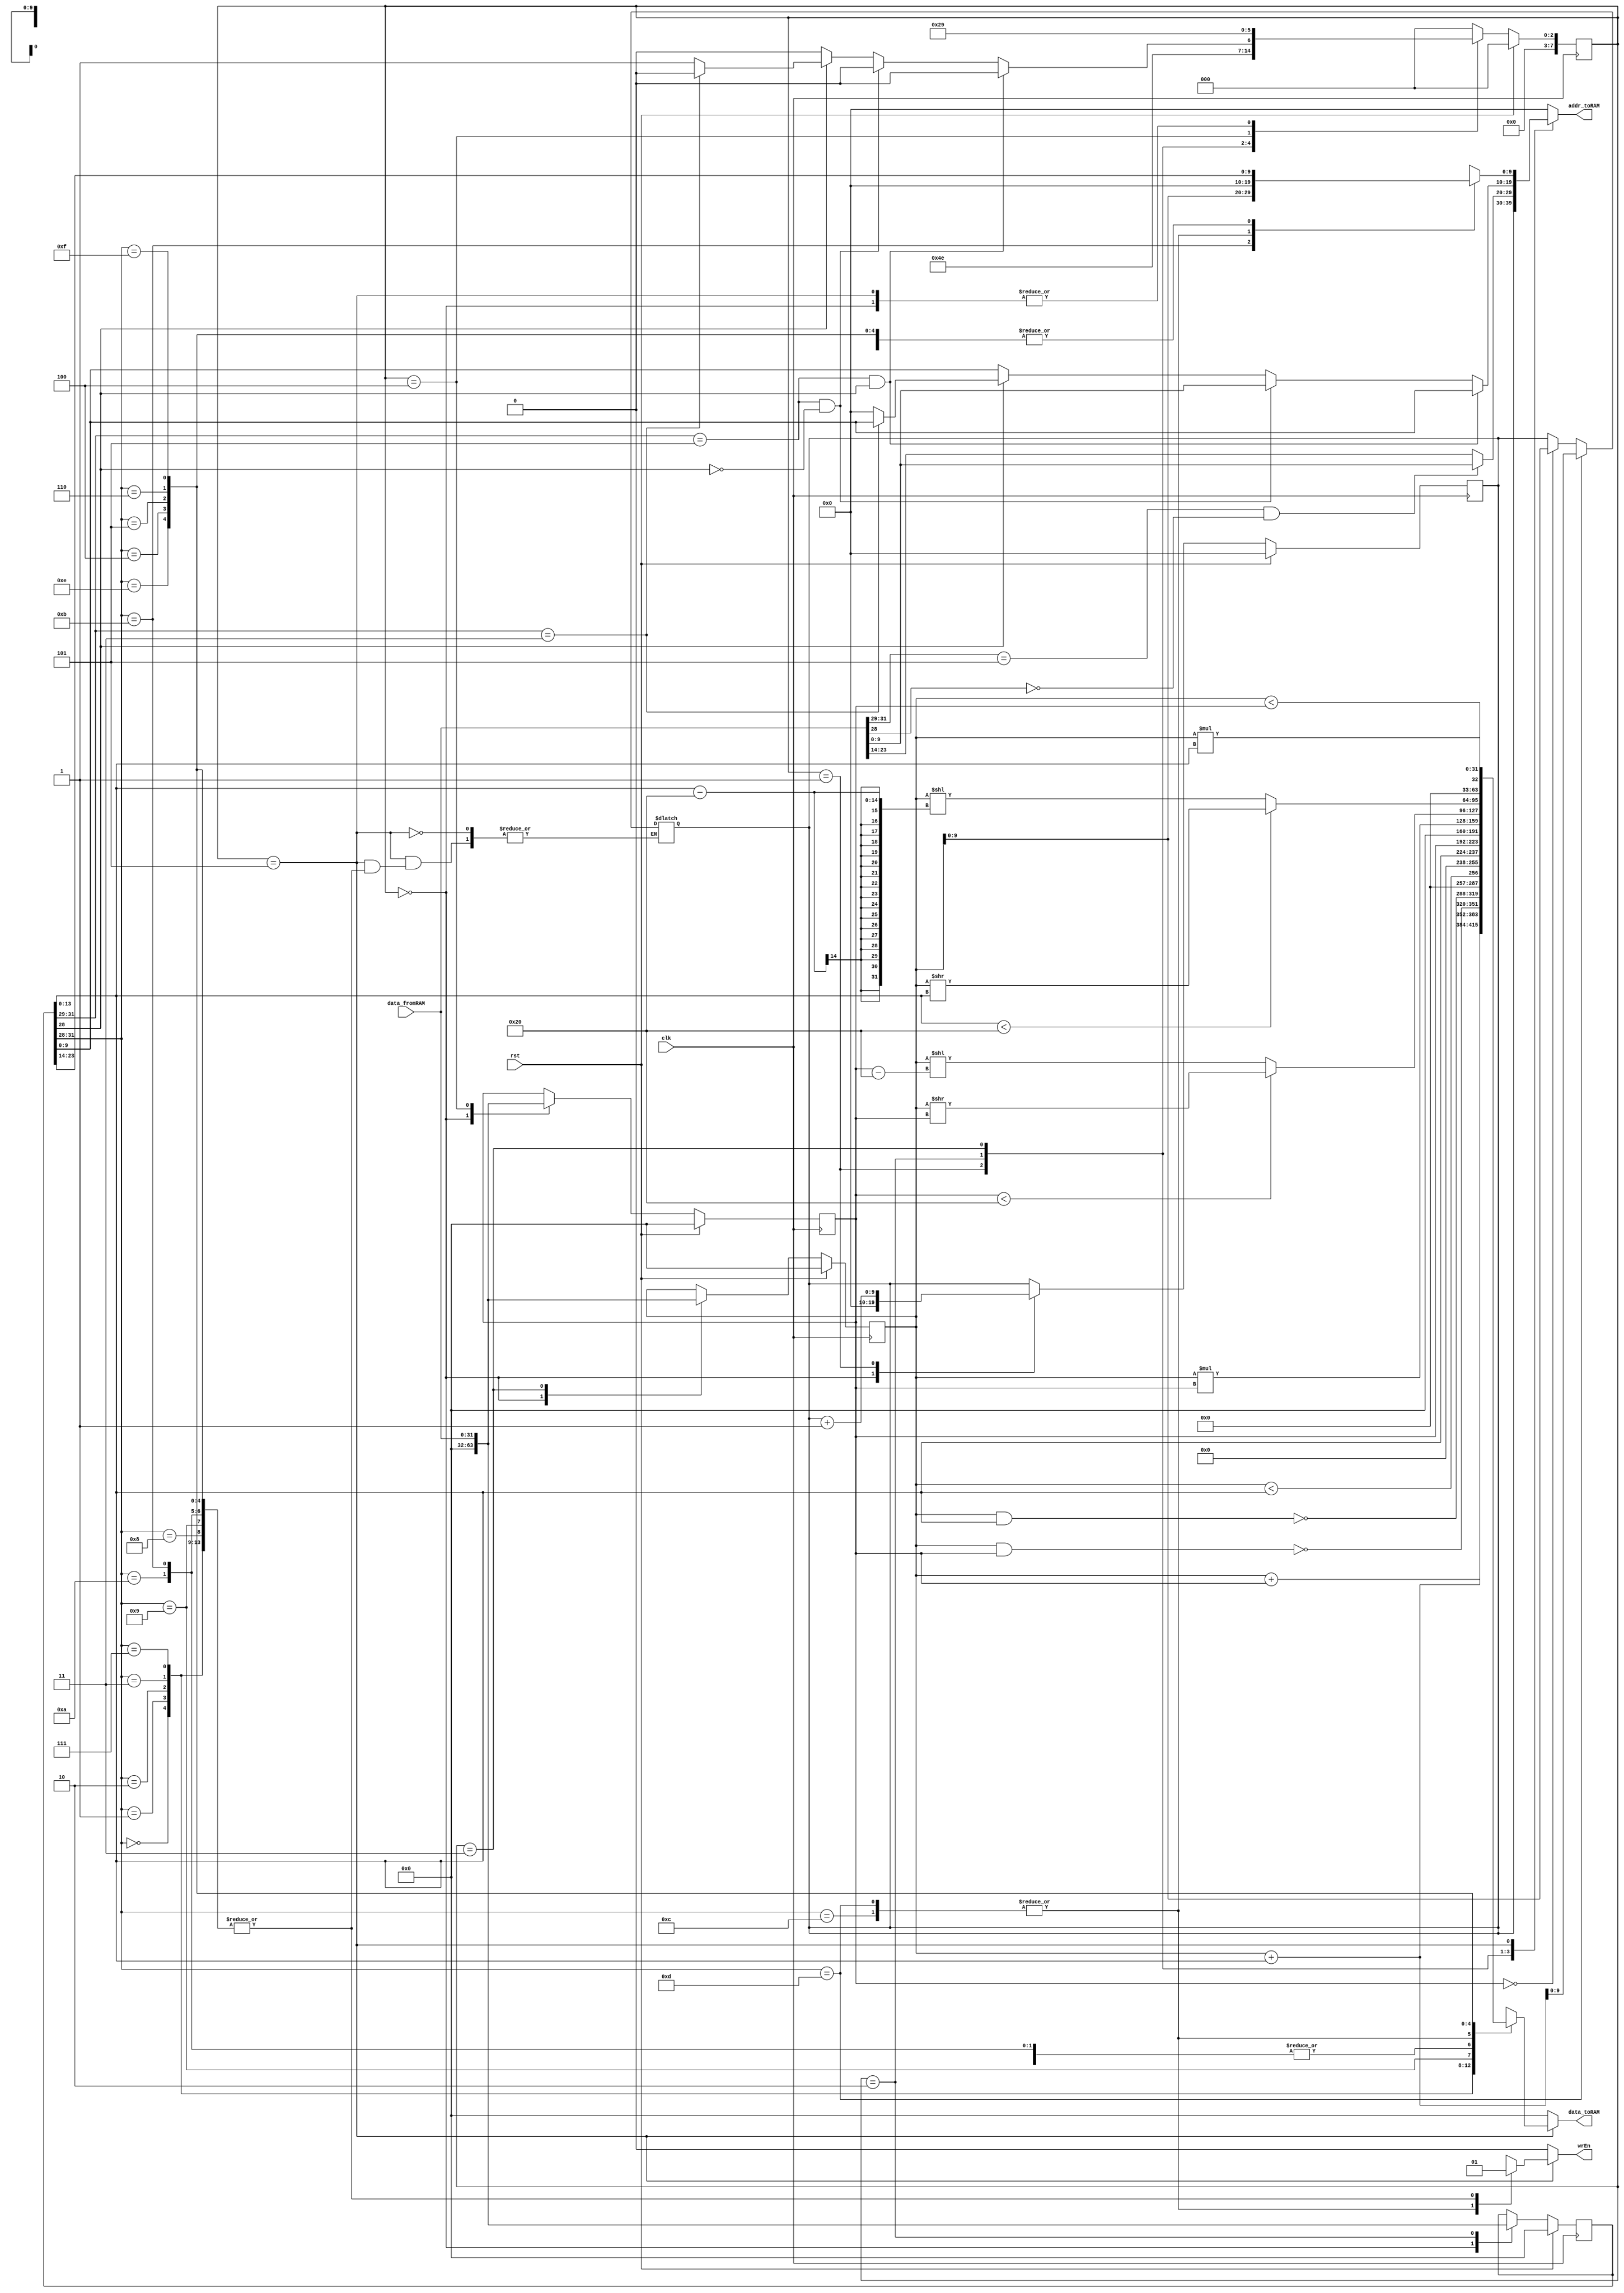
`timescale 1ns / 1ps
module SimpleCPU(clk, rst, data_fromRAM, wrEn, addr_toRAM, data_toRAM);

  parameter SIZE = 10;

  input clk, rst;
  input wire [31:0] data_fromRAM;
  output reg wrEn;
  output reg [SIZE-1:0] addr_toRAM;
  output reg [31:0] data_toRAM;

  `define STATE0 0
  `define STATE1 1
  `define STATE2 2
  `define STATE3 3
  `define STATE4 4
  `define STATE5 5

  reg [7:0] currentState, nextState;
  reg [SIZE-1:0] pc, pcNext; // pc: Program Counter
  reg [31:0] instructionWord, instructionWordNext;
  reg [31:0] regA, regANext;
  reg [31:0] regB, regBNext;

  always@(posedge clk) begin

    if(rst) begin
      currentState <= `STATE0;
      pc <= 0;
      instructionWord <= 0;
      regA <= 0;
      regB <= 0;
    end
    else begin
          currentState <= nextState;
          pc <= pcNext;
          instructionWord <= instructionWordNext;
          regA <= regANext;
          regB <= regBNext;
    end
  end

  always@(*) begin // default values 

      nextState = `STATE0;
      pcNext = pc;
      instructionWordNext = instructionWord;
      regANext = regA; // regA
      regBNext = regB;  // regB
      wrEn = 0;
      addr_toRAM = 0;
      data_toRAM = 0;
    
      case(currentState) 
      `STATE0: begin
              wrEn = 0;
                addr_toRAM = 0;
                data_toRAM = 0;
                pcNext = 0;
                instructionWordNext = 0;
                regANext = 0;
                regBNext = 0;
                nextState = `STATE1;
        end
      
            `STATE1: begin
              addr_toRAM = pc;
              pcNext = pc + 1;
              nextState = `STATE2;
        end

          `STATE2: begin
        if(data_fromRAM [31:29] == 3'b101 &&(~data_fromRAM[28])) begin
                  addr_toRAM = data_fromRAM[13:0]; 
          instructionWordNext = data_fromRAM;
        end
        else begin
                  addr_toRAM = data_fromRAM[27:14];
          instructionWordNext = data_fromRAM;
        end
        
              nextState = `STATE3;
      end
          
      `STATE3: begin // 1 bit control
        regANext = data_fromRAM; 
              if (instructionWord [31:29] == 3'b101 && (instructionWord[28])) begin
                  addr_toRAM = instructionWord [13:0];
                  nextState = `STATE4;
              end
        else if(instructionWord [31:29] == 3'b101 &&(~instructionWord[28])) begin
          addr_toRAM = data_fromRAM;
                  nextState = `STATE4;
        end
              else if(~instructionWord[28]) begin 
          addr_toRAM = instructionWord [13:0];
                  nextState = `STATE4;
            end
        else if (instructionWord [31:29] == 3'b011) begin
          addr_toRAM = instructionWord [13:0];
                  nextState = `STATE4;
        end
 
                else begin
                  nextState = `STATE5;
              end
      end

            `STATE4: begin
                regBNext = data_fromRAM;
                nextState = `STATE5;
      end
      
            `STATE5: begin
            
                case(instructionWord[31:28])  
          {3'b000,1'b0}: begin // operation ADD
            wrEn = 1;
                        addr_toRAM = instructionWord[27:14];
                        data_toRAM = (regA + regB);
          end

                    {3'b000,1'b1}: begin // operation ADDi
                        wrEn = 1;
                        addr_toRAM = instructionWord[27:14];
                        data_toRAM = (regA + instructionWord[13:0]);
                    end
                
                    {3'b001,1'b0}: begin // operation NAND
                        wrEn = 1;
                        addr_toRAM = instructionWord[27:14];
                        data_toRAM = ~(regA & regB);
          end
                
                    {3'b001,1'b1}: begin // operation NANDi
                        wrEn = 1;
                        addr_toRAM = instructionWord[27:14];
                        data_toRAM = ~(regA & instructionWord[13:0]);
          end
                
                    {3'b011 , 1'b1}: begin // operation LTi
                        wrEn = 1;
                        addr_toRAM = instructionWord[27:14];
                        data_toRAM = (regA < instructionWord[13:0]);
          end
            
                    {3'b100,1'b0}:begin // operation CP
                        wrEn = 1;
                        addr_toRAM = instructionWord[27:14];
                        data_toRAM = regB;
                    end
                  
                {3'b100, 1'b1}: begin // operation CPi
                        wrEn = 1;
                        addr_toRAM = instructionWord[27:14];
                        data_toRAM = instructionWord[13:0];
                    end
                  
                  {3'b101, 1'b0}: begin // operation CPI
                        wrEn = 1;
                        addr_toRAM = instructionWord[27:14];
                        data_toRAM = regB;
                    end
                  
                {3'b101,1'b1}: begin // operation CPIi
                        wrEn = 1;
                        addr_toRAM = regA;
                    data_toRAM = regB;
                  end
                  
          {3'b110,1'b0}:begin // operation BZJ
                        pc = (regB == 0) ? regA : (pcNext);
                  end
                
                    {3'b110,1'b1}:begin // operation BZJi
            pc = regA + instructionWord[13:0];
          end

                    {3'b111, 1'b0}: begin // operation MUL
                        wrEn = 1;
                        addr_toRAM = instructionWord[27:14];
                        data_toRAM = (regA * regB);
                    end

                    {3'b010, 1'b0}: begin // operation SRL 
                        wrEn = 1;
                        addr_toRAM = instructionWord[27:14];
                        data_toRAM = (regB < 32) ? ((regA) >> (regB)) : ((regA) << ((regB) - 32));
          end
          
                    {3'b010, 1'b1}: begin // operation SRLi
                        wrEn = 1;
                        addr_toRAM = instructionWord[27:14];
                      data_toRAM = (instructionWord[13:0] < 32) ? ((regA) >> instructionWord[13:0]) : ((regA) << (instructionWord[13:0] - 32));
          end
                    
                    {3'b011, 1'b0}: begin // operation LT
                        wrEn = 1;
                        addr_toRAM = instructionWord[27:14];
                        data_toRAM = (regA < regB);
                    end
          
                    {3'b111, 1'b1}: begin // operation MULi
                        wrEn = 1;
                        addr_toRAM = instructionWord[27:14];
                        data_toRAM = (regA * instructionWord[13:0]);
          end
        endcase
        nextState= `STATE1;
        end
      endcase
    end
endmodule